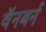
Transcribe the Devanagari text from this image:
वॅनबर्न